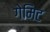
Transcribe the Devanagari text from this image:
गेमिट